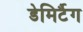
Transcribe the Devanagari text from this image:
डेमिर्टैग